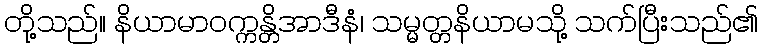
တို့သည်။ နိယာမာဝက္ကန္တိအာဒီနံ၊ သမ္မတ္တနိယာမသို့ သက်ပြီးသည်၏